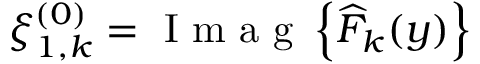
\xi _ { 1 , k } ^ { ( 0 ) } = \mathrm { ~ I ~ m ~ a ~ g ~ } \left\{ \widehat { F } _ { k } ( y ) \right\}